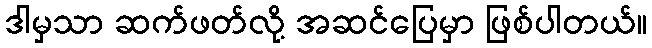
ဒါမှသာ ဆက်ဖတ်လို့ အဆင်ပြေမှာ ဖြစ်ပါတယ်။